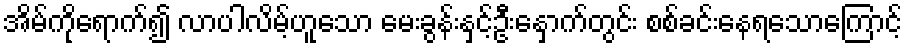
အိမ်ကိုရောက်၍ လာပါလိမ့်ဟူသော မေးခွန်းနှင့်ဦးနှောက်တွင်း စစ်ခင်းနေရသောကြောင့်